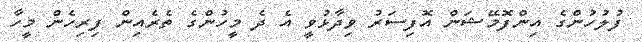
ފުލުހުންގެ އިންފޮމޭޝަން އޮފިސަރު ވިދާޅުވީ އެ ދެ މީހުންގެ ތެރެއިން ފިރިހެން މީހާ